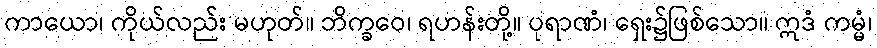
ကာယော၊ ကိုယ်လည်း မဟုတ်။ ဘိက္ခဝေ၊ ရဟန်းတို့။ ပုရာဏံ၊ ရှေး၌ဖြစ်သော။ ဣဒံ ကမ္မံ၊